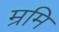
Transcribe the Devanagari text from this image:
म्रमि